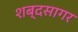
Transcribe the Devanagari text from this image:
शब्‍दसागर